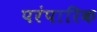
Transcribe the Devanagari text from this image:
परंपारिक